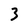
Character: 3